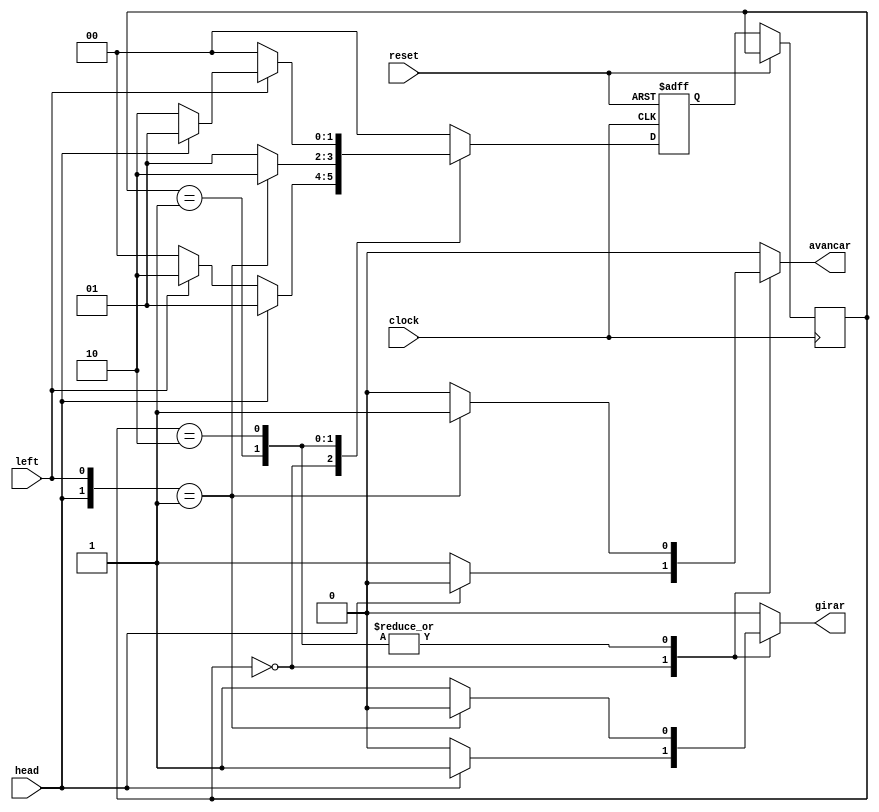
module Robo (
  input clock, 
  input reset, 
  input head, 
  input left, 
  output reg avancar, 
  output reg girar
);

reg [1:0] Estado_Atual, Proximo_Estado;  // Registradores de estado

parameter Procurando_Muro = 2'b00, // Lista de parmetros para os estados
          Rotacionando = 2'b01,
          Acompanhando_Muro = 2'b10;

initial begin
  Proximo_Estado = Procurando_Muro;
  Estado_Atual = Proximo_Estado;
end

always @(posedge clock, posedge reset) begin
  if (reset == 1'b1) begin
    Proximo_Estado <= Procurando_Muro;
  end
  else begin
    Estado_Atual <= Proximo_Estado;
    case(Estado_Atual)
      Procurando_Muro: begin
        if (head) begin
          Proximo_Estado <= Rotacionando;
        end
        else if (left) begin
          Proximo_Estado <= Acompanhando_Muro;
        end
        else begin
          Proximo_Estado <= Procurando_Muro;
        end
      end
      Rotacionando: begin
        if ({head, left} == 2'b01) begin
          Proximo_Estado <= Acompanhando_Muro;
        end
        else begin
          Proximo_Estado <= Rotacionando;
        end
      end
      Acompanhando_Muro: begin
        if (~left) begin
          Proximo_Estado <= Procurando_Muro;
        end
        else if (head) begin
          Proximo_Estado <= Rotacionando;
        end
        else begin
          Proximo_Estado <= Acompanhando_Muro;
        end
      end
      default: begin
        Proximo_Estado <= Procurando_Muro;
      end
    endcase
  end
end

always @(head, left, Estado_Atual) begin
  case(Estado_Atual)
    Procurando_Muro: begin
      if (head) begin
        avancar = 1'b0;
        girar = 1'b1;
      end
      else begin
        avancar = 1'b1;
        girar = 1'b0;
      end
    end
    Rotacionando: begin
      if ({head, left} == 2'b01) begin
        avancar = 1'b1;
        girar = 1'b0;
      end
      else begin
        avancar = 1'b0;
        girar = 1'b1;
      end
    end
    Acompanhando_Muro: begin
      if ({head, left} == 2'b01) begin
        avancar = 1'b1;
        girar = 1'b0;
      end
      else begin
        avancar = 1'b0;
        girar = 1'b1;
      end
    end
    default: begin
      avancar = 1'b0;
      girar = 1'b0;
    end
  endcase
end

endmodule